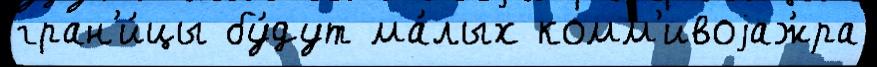
гран'и́цы бу́дут ма́лых комм'ивоjаж́ра